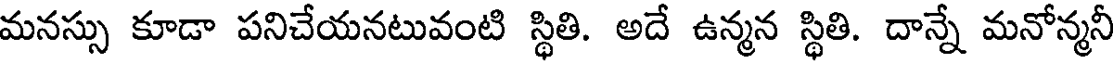
మనస్సు కూడా పనిచేయనటువంటి స్థితి. అదే ఉన్మన స్థితి. దాన్నే మనోన్మనీ